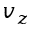
v _ { z }